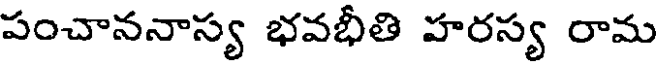
పంచాననాస్య భవభీతి హరస్య రామ